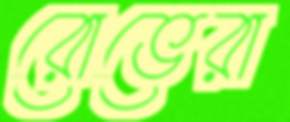
রোভেরা